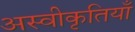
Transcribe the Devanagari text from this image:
अस्वीकृतियाँ